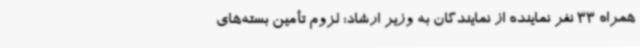
همراه 33 نفر نماینده از نمایندگان به وزیر ارشاد: لزوم تأمین بسته‌های